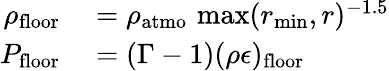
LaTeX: \begin{array}{rl}{\rho_{\mathrm{floor}}}&{{}=\rho_{\mathrm{atmo}}\, \operatorname*{max}(r_{\mathrm{min}},r)^{-1.5}}\\ {P_{\mathrm{floor}}}&{{}=(\Gamma-1)(\rho\epsilon)_{\mathrm{floor}}}\end{array}